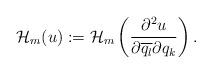
LaTeX: \begin{align*} \mathcal{H}_m(u):=\mathcal{H}_m\left( \frac{\partial^2 u}{\partial \overline{q_l}\partial {q_k}} \right). \end{align*}